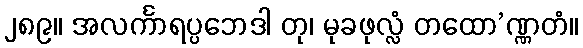
၂၈၉။ အလင်္ကာရပ္ပဘေဒါ တု၊ မုခဖုလ္လံ တထော’ဏ္ဏတံ။